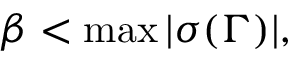
\beta < \operatorname* { m a x } | \sigma ( \Gamma ) | ,